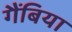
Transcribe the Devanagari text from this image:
गैंबिया